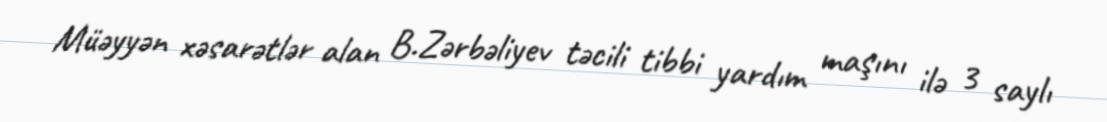
Müəyyən xəsarətlər alan B.Zərbəliyev təcili tibbi yardım maşını ilə 3 saylı